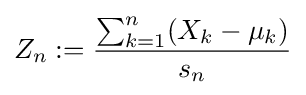
Z_{n}:={\frac {\sum _{k=1}^{n}(X_{k}-\mu _{k})}{s_{n}}}